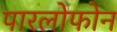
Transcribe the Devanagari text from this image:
पारलोफोन